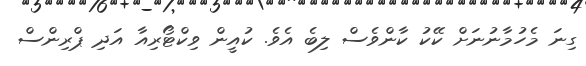
ގިނަ މެހުމާނުނަށް ކޭކު ކާންވެސް ލިބެ އެވެ. ކުއީން ވިކްޓޯރިއާ އަދި ޕްރިންސް